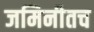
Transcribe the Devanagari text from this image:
जमिनीतच